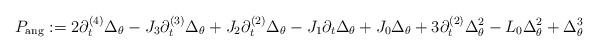
LaTeX: \begin{align*}P_{\rm ang}:=2\partial^{(4)}_t\Delta_{\theta}-J_3\partial^{(3)}_t\Delta_{\theta}+J_2\partial^{(2)}_t\Delta_{\theta}-J_1\partial_t\Delta_{\theta}+J_0\Delta_{\theta}+3\partial^{(2)}_t\Delta^2_{\theta}-L_0\Delta^2_{\theta}+\Delta^3_{\theta}\end{align*}